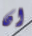
ان